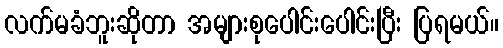
လက်မခံဘူးဆိုတာ အများစုပေါင်းပေါင်းပြီး ပြရမယ်။